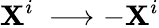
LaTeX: \mathbf{X}^{i}~\longrightarrow-\mathbf{X}^{i}